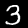
Digit: 3